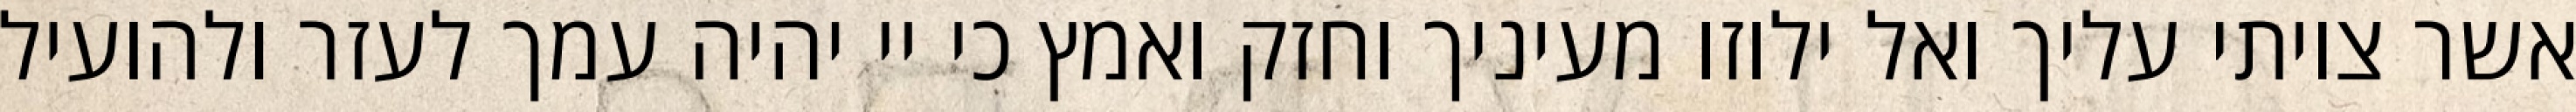
אשר צויתי עליך ואל ילוזו מעיניך וחזק ואמץ כי יי יהיה עמך לעזר ולהועיל